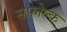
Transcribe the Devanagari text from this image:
सफ़ोल्क